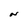
Character: N